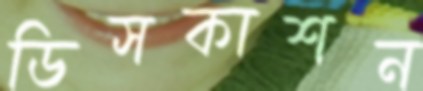
ডিসকাশন